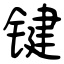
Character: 键